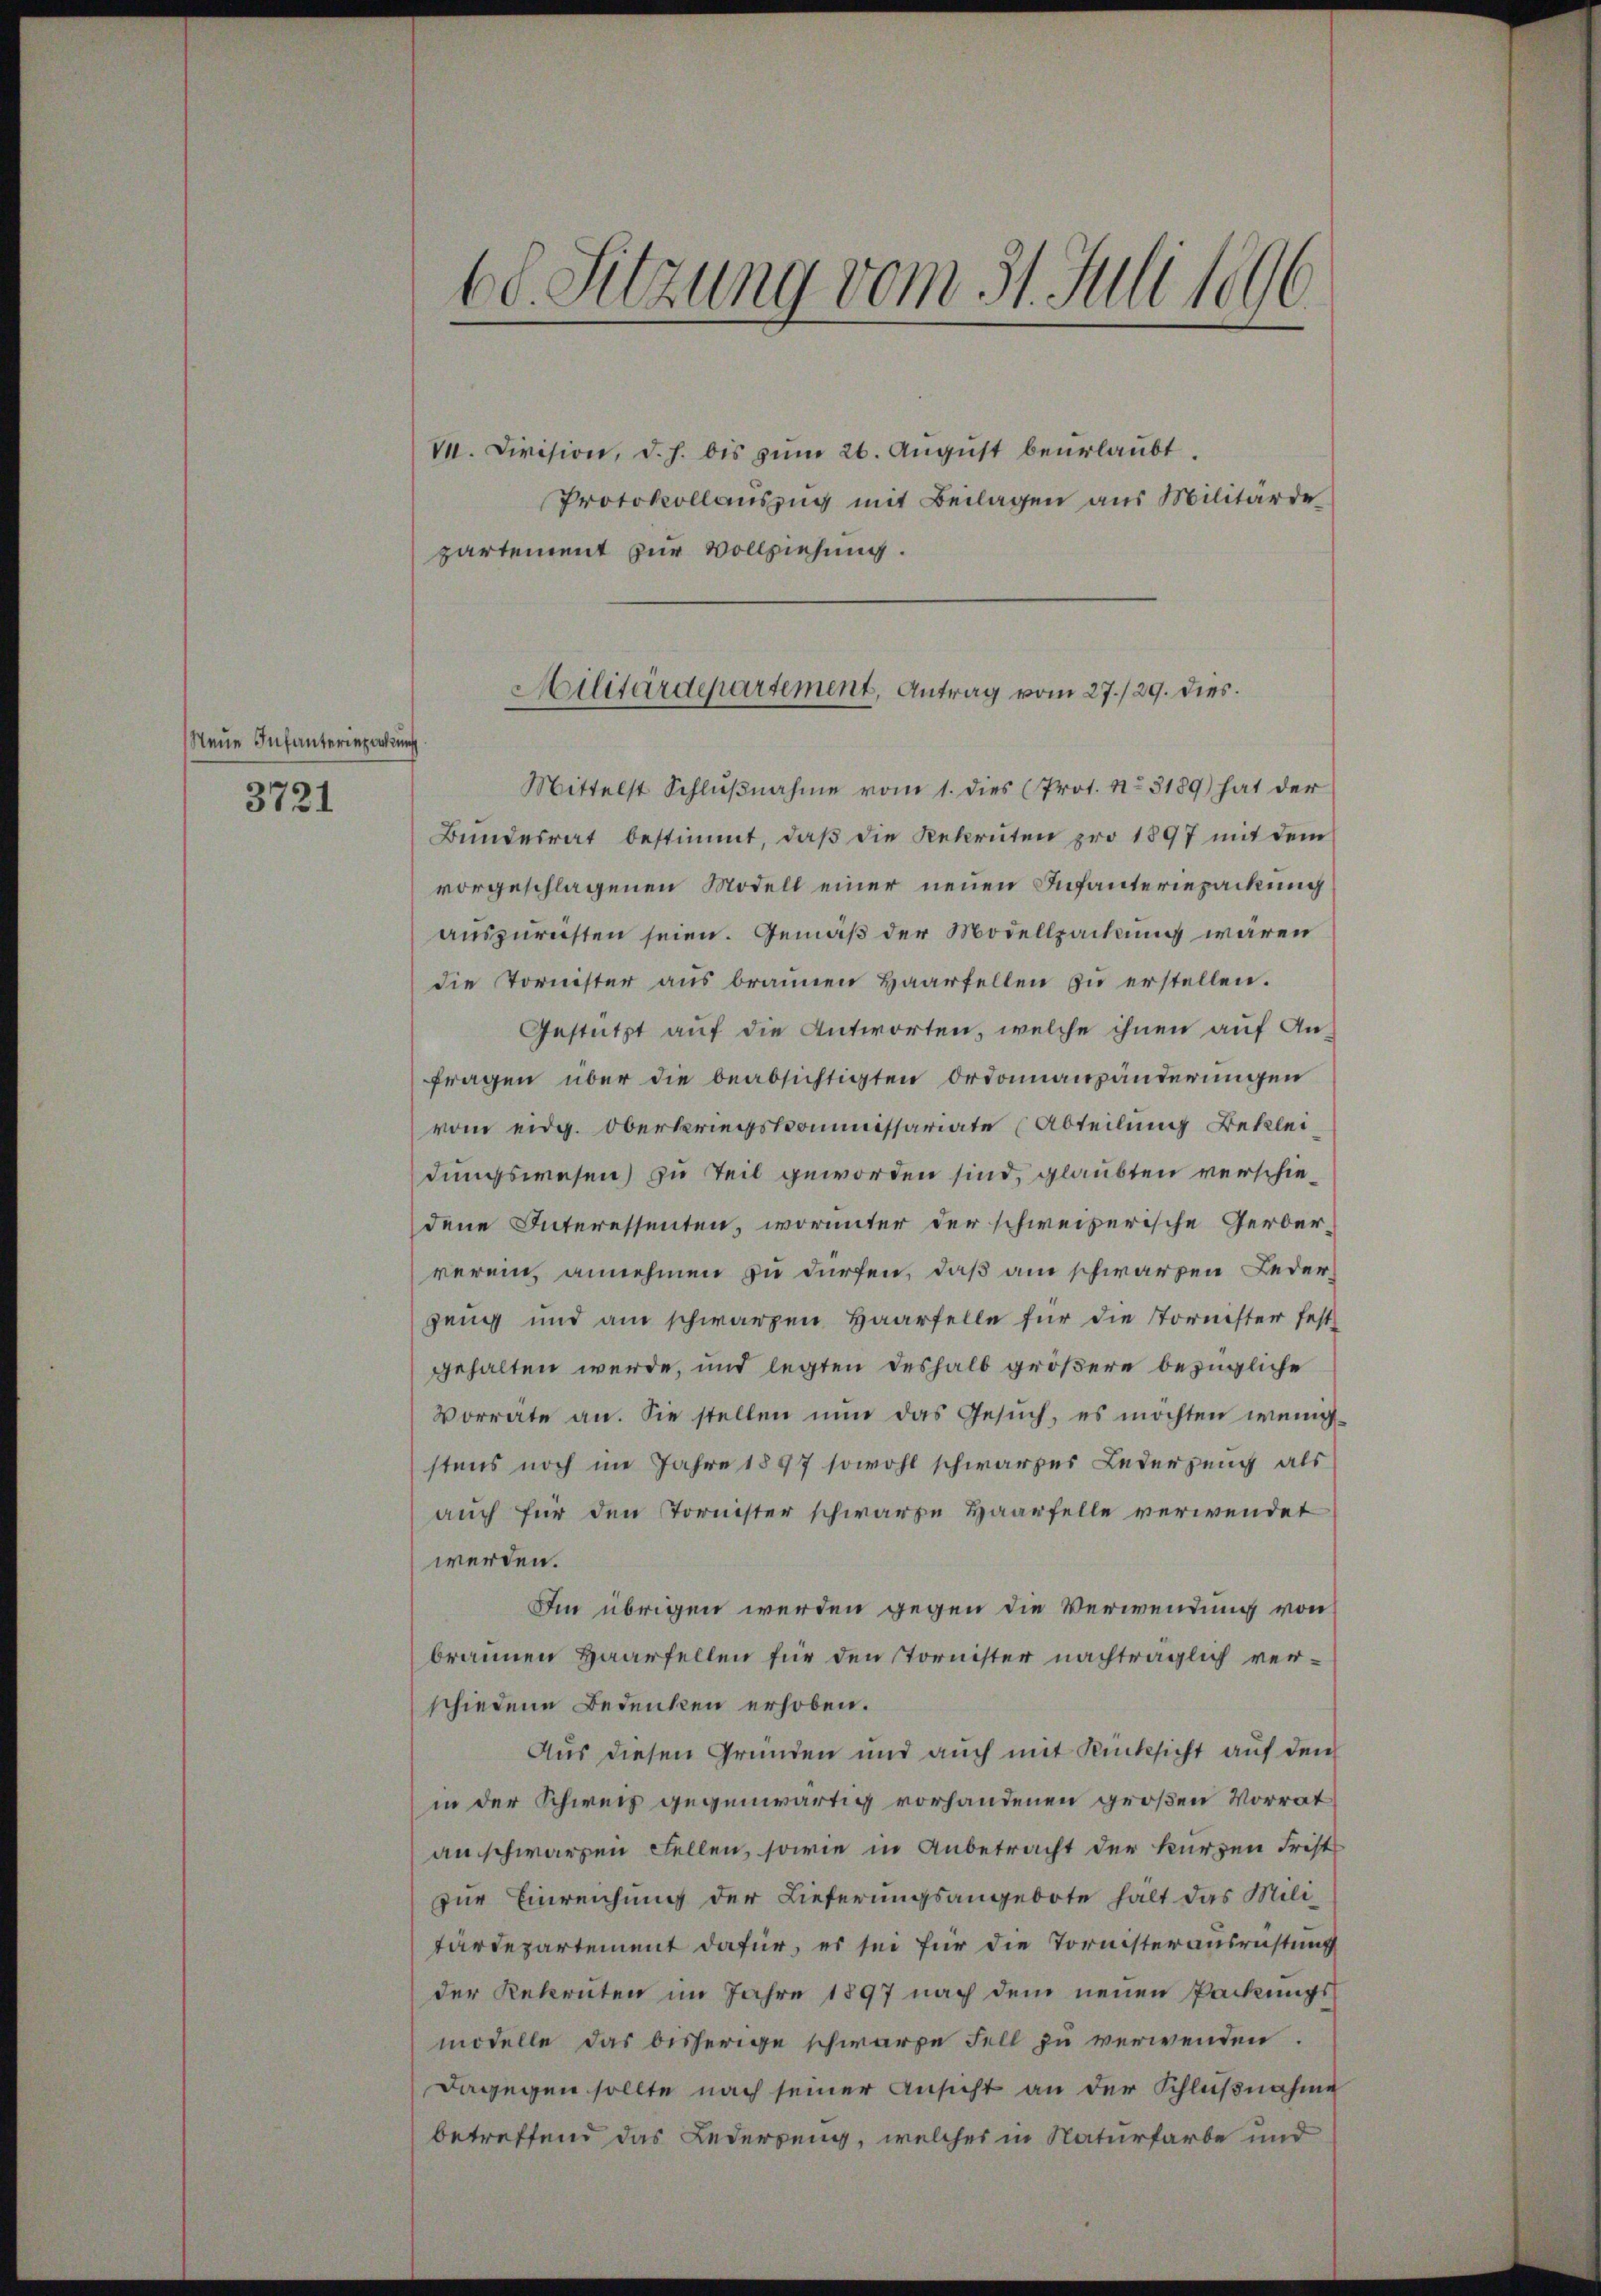
Neue Infanteriepackung
3721

60. Sitzung vom 31. Juli 1896

v. Division, d. h. bis zŭm 26. Aŭgŭst beurlaŭbt.
Protokollauszug mit Beilagen aus Militärde
partement zur Vollziehung.
Mittelst Schlŭβnahme vom 1. dies (Prot. No 3189) hat der
Bŭndesrat bestimmt, daβ die Rekruten pro 1897 mit dem
vorgeschlagenen Modell einer neuen Infanteriepackung
auszurichten seien. Gemäß der Modellpackung waren
die Tornister aus braunen Haarfellen zu erstellen.
Gestützt auf die Antworten, welche ihnen auf Anfragen über die beabsichtigten Ordonnansänderungen
vom eidg. Oberkriegskommissariate (Abteilung Bekleidungswesen) zu Teil geworden sind, glaubten verschiedene Interessenten, worunter der schweizerische Gerber-
verein, annehmen zu dürfen, daß am schwarzen Ledergang und am schwarzen Haarfelle für die Tornister fest-
gehalten werde, und legten deshalb größere bezügliche
Vorrate an. Sie stellen nun das Gesuch, es möchten wenig
stens noch im Jahre 1897 sowohl schwarzes Lederzeug als
auch für den Tornister schwarze Haarfelle verwendet
werden.
Im übrigen werden gegen die Verwendung von
braunen Haarfellen für den Tornister nachträglich verschiedene Bedenken erhoben.
Aus diesen Gründen und auch mit Rücksicht auf den
in der Schweiz gegenwärtig vorhandenen großen Vorrat
an schwarzen Fellen, sowie in Anbetracht der kurzen Frist
zur Einreichung der Lieferungsangebote hält das Mili-
tärdepartement dafür, es sei für die Tornisterausrichtung
der Rekruten im Jahre 1897 nach dem neuen Packungsmodelle das bisherige schwarze Fell zu verwenden.
dagegen sollte nach seiner Ansicht an der Schlußnahme
betreffend das Lederung, welches in Naturfarbe und

Militärdepartement, Antrag vom 27./29. dies